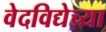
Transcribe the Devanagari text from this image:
वेदविद्येच्या